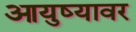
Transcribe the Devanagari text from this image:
आयुष्‍यावर